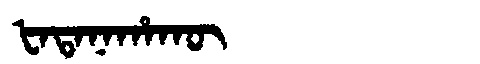
Manchu: ᡶᠠᡨᠠᠨᠠᡥᠠᡴᡡ
Romanization: FATANAHAKŪ